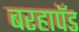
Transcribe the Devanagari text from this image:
बरहापॅड